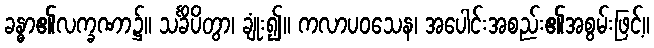
ခန္ဓာ၏လက္ခဏာ၌။ သင်္ခိပိတွာ၊ ချုံး၍။ ကလာပဝသေန၊ အပေါင်းအစည်း၏အစွမ်းဖြင့်။